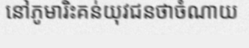
នៅភូមារិះគន់យុវជនថាចំណាយ